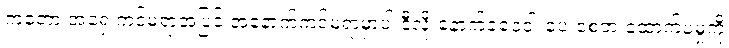
ကတော့ အရှေ့ကင်မရာအပြင် အနောက်ကင်မရာမှာပါ ဒီလို နောက်ခံဝေဝါးပေးစေတဲ့ ထောက်ပံ့မှုကို